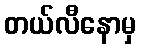
တယ်လီနောမှ